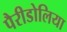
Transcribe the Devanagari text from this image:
पैरीडोलिया